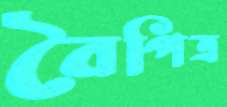
বৈপিত্র